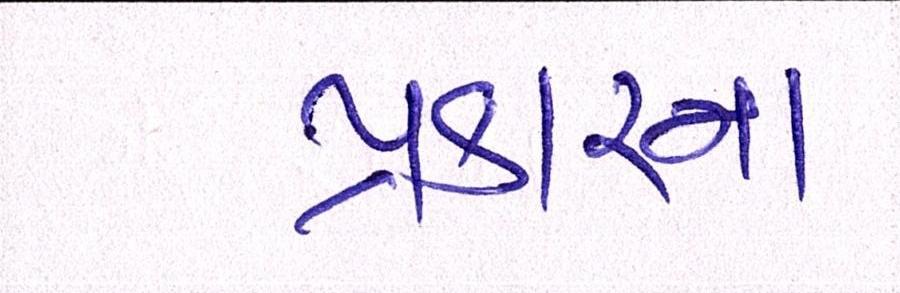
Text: પ્રકારના